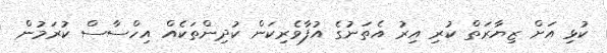
ކުޅި އަށް ޒިޔާރަތް ކުރި އިރު އެތަނުގެ އުފާވެރިކަން ކުދިންތަކެއް އިހްސާސް ކުރަމުން